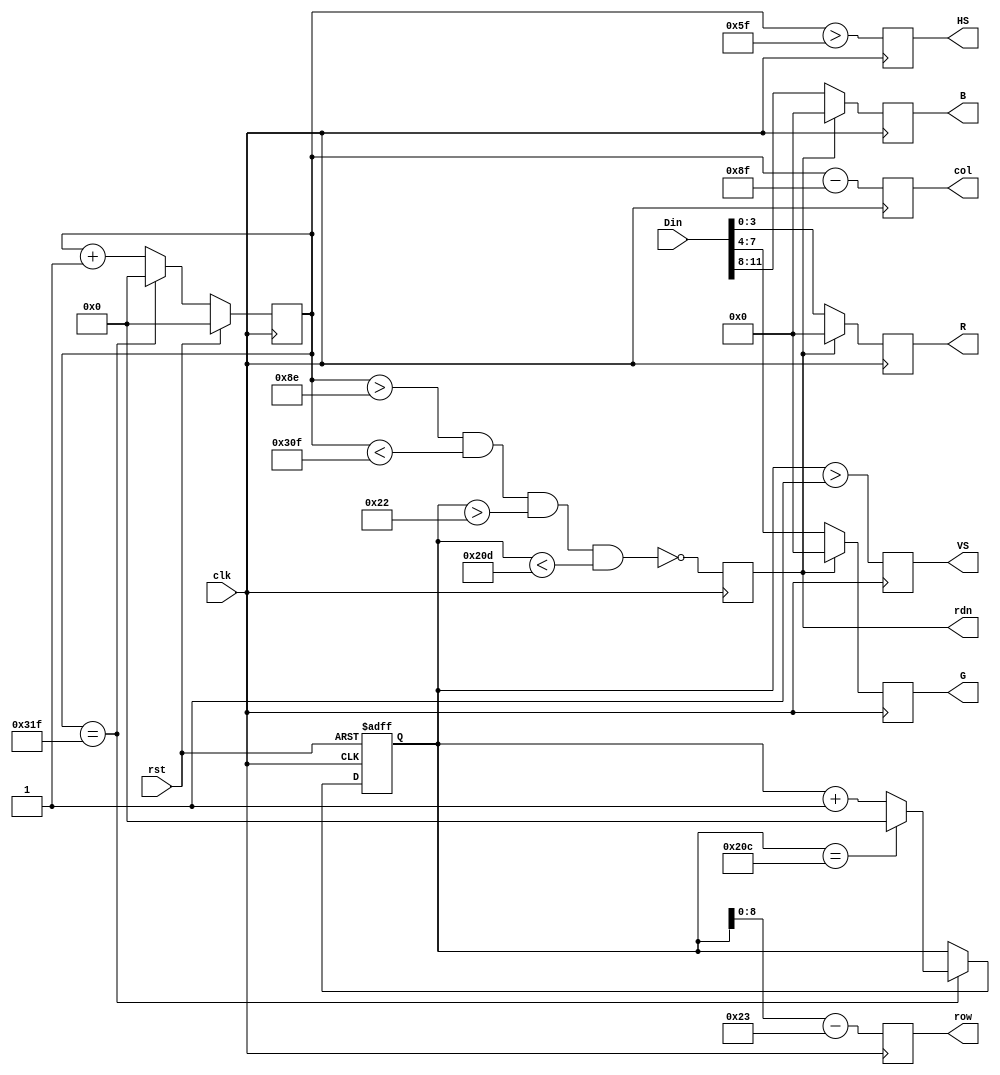
//from the teacher assistant
//thanks

module VGA(
	input clk,                   // vga clk = 25 MHz
	input rst,
	input [11:0]Din,			// bbbb_gggg_rrrr, pixel
	output reg [8:0]row,		// pixel ram row address, 480 (512) lines
	output reg [9:0]col,		// pixel ram col address, 640 (1024) pixels
	output reg rdn,			// read pixel RAM(active_low)
	output reg [3:0]R, G, B,// red, green, blue colors
	output reg HS, VS			// horizontal and vertical synchronization
   );
// h_count: VGA horizontal counter (0~799)
reg [9:0] h_count; // VGA horizontal counter (0~799): pixels
initial h_count = 10'h0;
	always @ (posedge clk) begin
		if (rst)  h_count <= 10'h0;
		else if  (h_count == 10'd799)
					 h_count <= 10'h0;
			  else h_count <= h_count + 10'h1;
	end

// v_count: VGA vertical counter (0~524)
reg [9:0] v_count; // VGA vertical counter (0~524): pixel
initial v_count = 10'h0;
	always @ (posedge clk or posedge rst) begin
		if (rst)  v_count <= 10'h0;
		else if  (h_count == 10'd799) begin
					if (v_count == 10'd524) v_count <= 10'h0;
					else v_count <= v_count + 10'h1;
		end
	end
	

// signals, will be latched for outputs
wire	[9:0] row_addr = v_count - 10'd35;		// pixel ram row addr
wire	[9:0] col_addr = h_count - 10'd143;		// pixel ram col addr
wire			h_sync = (h_count > 10'd95);		//   96 -> 799
wire			v_sync = (v_count > 10'd1);		//    2 -> 524
wire			read   = (h_count > 10'd142) &&	//  143 -> 782
							(h_count < 10'd783) &&	//         640 pixels
							(v_count > 10'd34)  &&	//   35 -> 514
							(v_count < 10'd525);		//         480 lines
// vga signals
always @ (posedge clk) begin
	row <= row_addr[8:0];	// pixel ram row address
	col <= col_addr;			// pixel ram col address
	rdn <= ~read;				// read pixel (active low)
	HS  <= h_sync;				// horizontal synchronization
	VS  <= v_sync;				// vertical   synchronization
	R   <= rdn ? 4'h0 : Din[3:0];		// 3-bit red
	G	 <= rdn ? 4'h0 : Din[7:4];		// 3-bit green
	B	 <= rdn ? 4'h0 : Din[11:8];	// 2-bit blue
end

endmodule